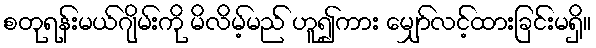
စတုရန်းမယ်ဂျိမ်းကို မိလိမ့်မည် ဟူ၍ကား မျှော်လင့်ထားခြင်းမရှိ။